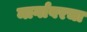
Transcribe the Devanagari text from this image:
मार्गावरचा